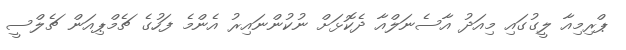
ޕްރިމިއާ ލީގުގައި މިއަދު އާސެނަލްއާ ދެކޮޅަށް ނުކުންނައިރު އެންމެ ފަހުގެ ޗެމްޕިއަން ޗެލްސީ